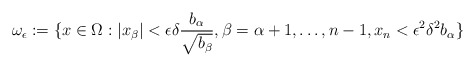
\begin{align*}\omega_\epsilon := \{x \in \Omega: |x_\beta| < \epsilon \delta \frac{b_\alpha}{\sqrt{b_\beta}}, \beta = \alpha + 1, \ldots, n-1, x_n < \epsilon^2 \delta^2 b_\alpha\}\end{align*}